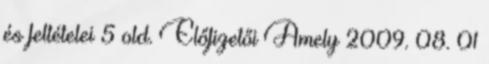
és feltételei 5 old. Előfizetői Amely 2009. 08. 01